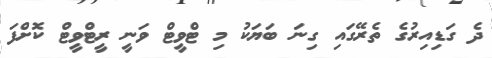
ދެ ގަޑިއިރުގެ ތެރޭގައި ގިނަ ބަޔަކު މި ޓްވީޓް ވަނީ ރީޓްވީޓް ކޮށްފަ